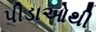
પીડાઓથી